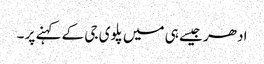
ادھر جیسے ہی میں پلوی جی کے کہنے پر ۔